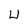
Character: U